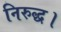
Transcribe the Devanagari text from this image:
निरुद्ध।